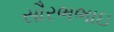
સૌરભભાઇ